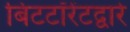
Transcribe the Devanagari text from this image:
बिटटॉरेंटद्वारे